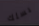
بسلك